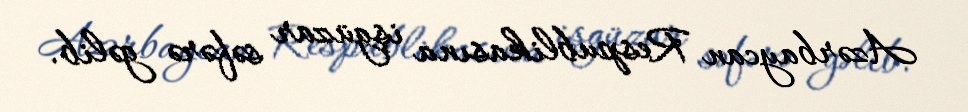
Azərbaycan Respublikasına işgüzar səfərə gəlib.